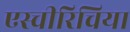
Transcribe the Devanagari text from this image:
एस्चीरिचिया